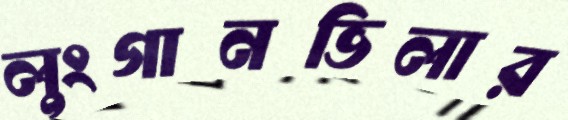
লুংগানভিলার